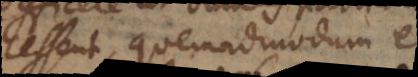
cessent, quemadmodum et